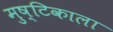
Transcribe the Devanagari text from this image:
मुष्टिकाला